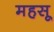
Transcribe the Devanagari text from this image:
महसू